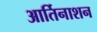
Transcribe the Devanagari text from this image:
आर्तिनाशन